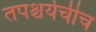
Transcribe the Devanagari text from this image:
तपश्चर्येचीच